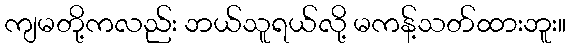
ကျမတို့ကလည်း ဘယ်သူရယ်လို့ မကန့်သတ်ထားဘူး။